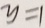
y = 1